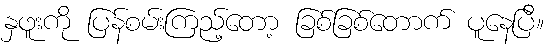
နှဖူးကို ပြန်စမ်းကြည့်တော့ ခြစ်ခြစ်တောက် ပူနေပြီ။